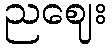
ညဈေး